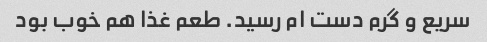
سریع و گرم دست ام رسید. طعم غذا هم خوب بود